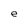
Character: e